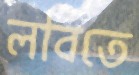
লবিতে